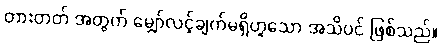
တားတတ် အတွက် မျှော်လင့်ချက်မရှိဟူသော အသိပင် ဖြစ်သည်။